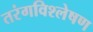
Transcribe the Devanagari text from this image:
तरंगविश्लेषण